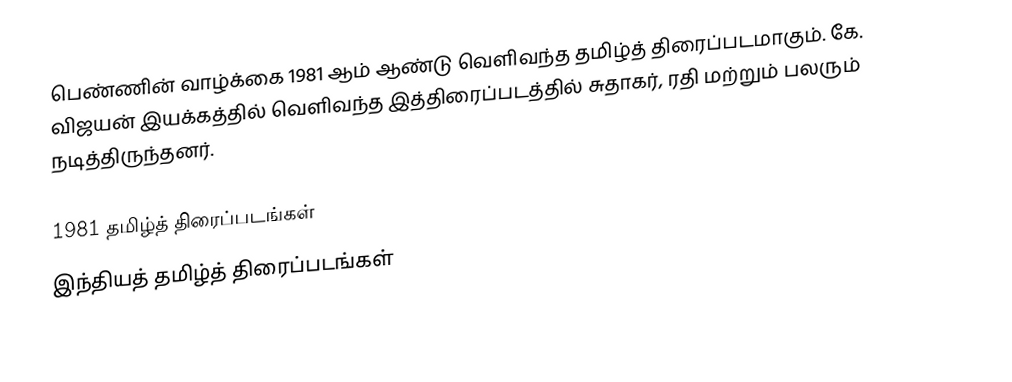
பெண்ணின் வாழ்க்கை 1981 ஆம் ஆண்டு வெளிவந்த தமிழ்த் திரைப்படமாகும். கே. விஜயன் இயக்கத்தில் வெளிவந்த இத்திரைப்படத்தில் சுதாகர், ரதி மற்றும் பலரும் நடித்திருந்தனர்.

1981 தமிழ்த் திரைப்படங்கள்
இந்தியத் தமிழ்த் திரைப்படங்கள்